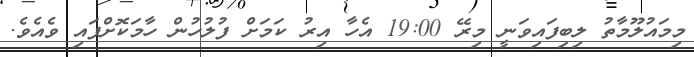
މިމައުލޫމާތު ލިބިފައިވަނީ މިރޭ 19:00 އެހާ އިރު ކަމަށް ފުލުހުން ހާމަކޮށްފައި ވެއެވެ.